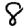
Digit: 8